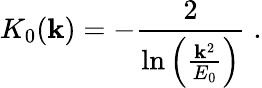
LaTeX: K_{0}(\mathbf{k})=-\frac{{2}}{{\mathrm{{ln}}\left(\frac{{\mathbf{k}^{2}}}{{E_{0}}}\right)}}\; .